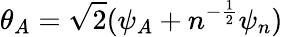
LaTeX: \theta_{A}=\sqrt 2(\psi_{A}+n^{-{\frac{1}{2}}}\psi_{n})